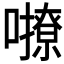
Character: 𡃔